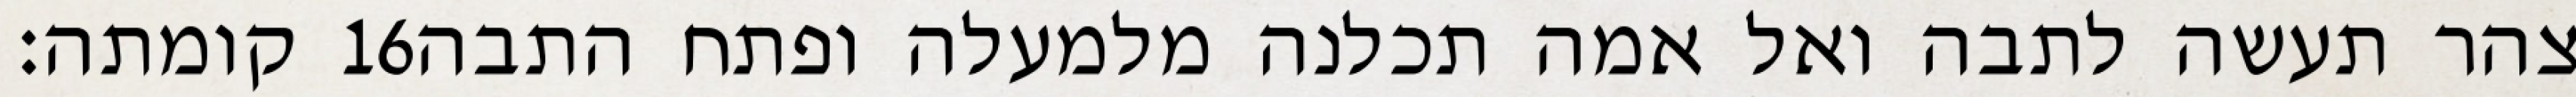
קומתה׃ ‎16‏ צהר תעשה לתבה ואל אמה תכלנה מלמעלה ופתח התבה